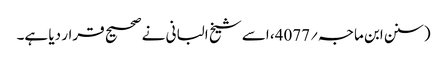
(سنن ابن ماجہ؍4077، اسے شیخ البانی نے صحیح قرار دیا ہے۔